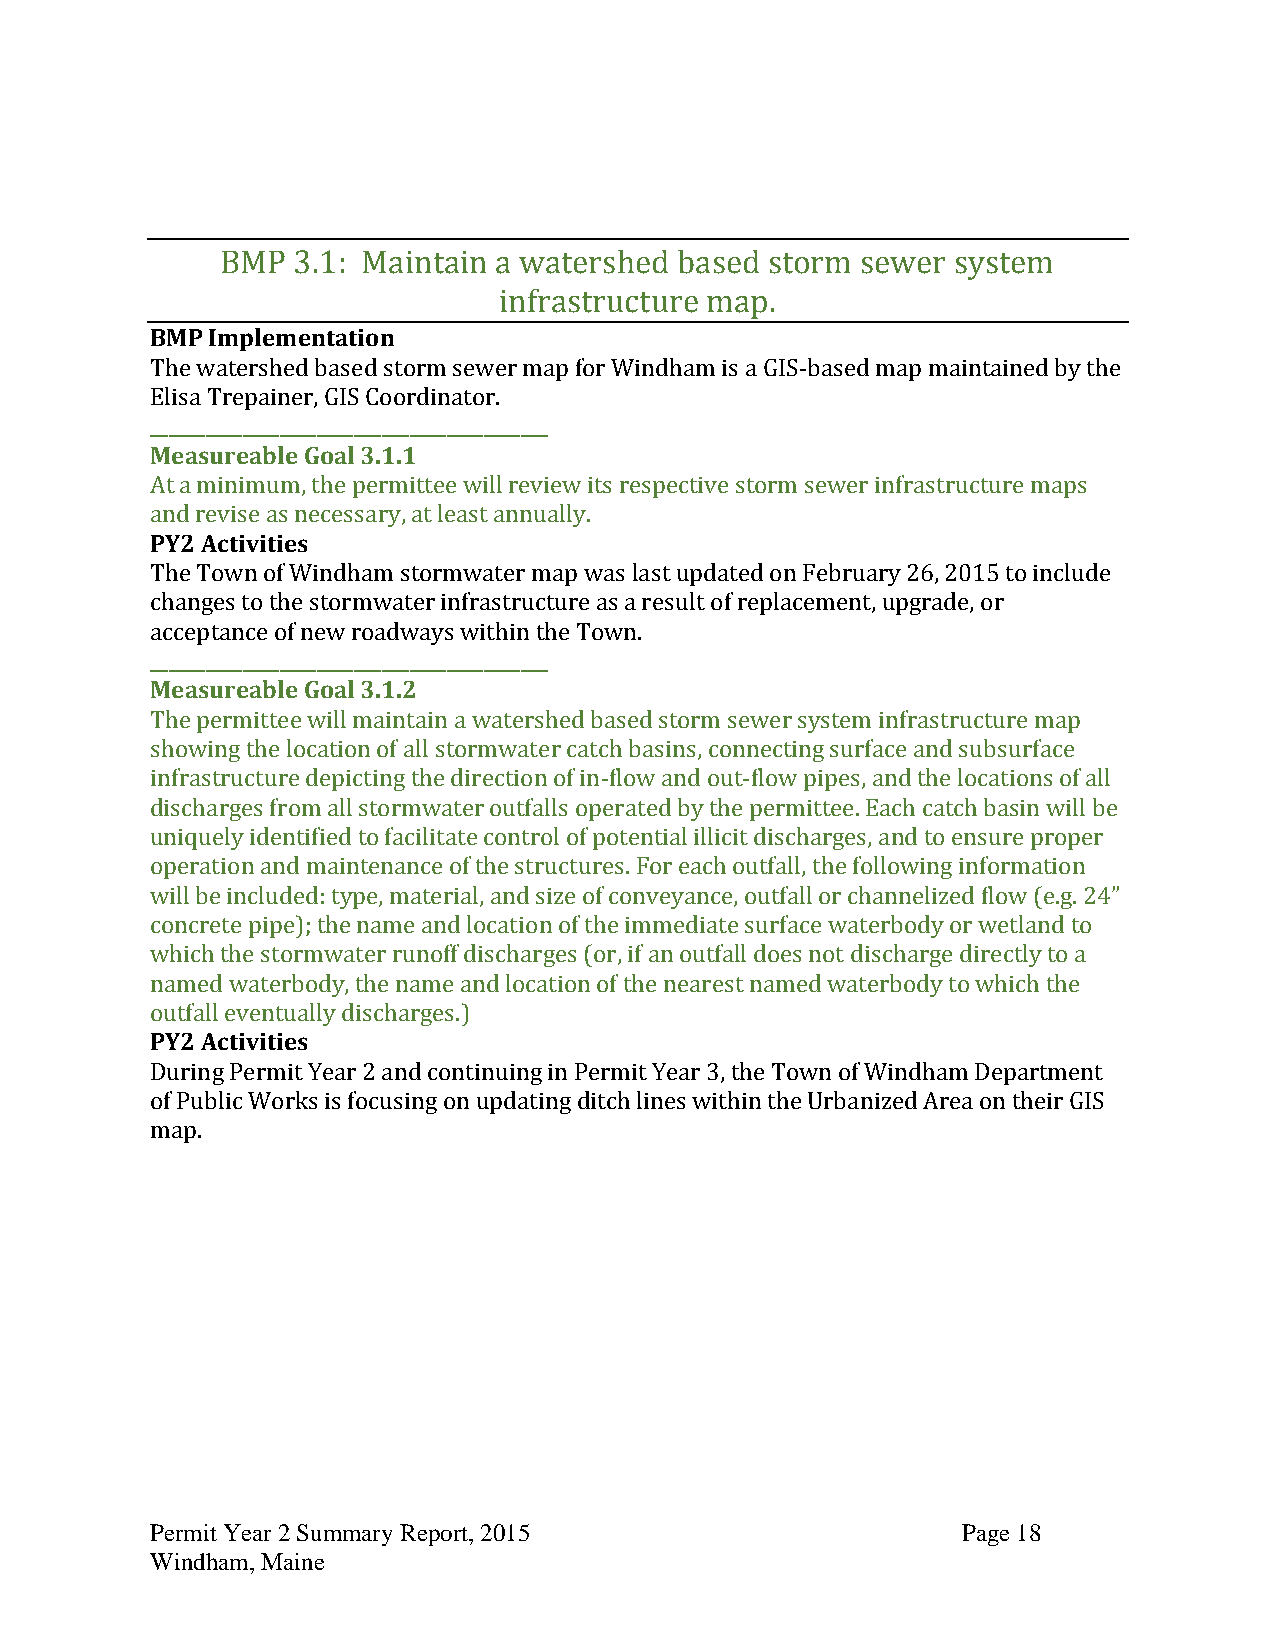
BMP 3.1: Maintain a watershed based storm sewer system
 infrastructure map.
 BMP Implementation
 The watershed based storm sewer map for Windham is a GIS-based map maintained by the
 Elisa Trepainer, GIS Coordinator.
 ___________________________________________
 Measureable Goal 3.1.1
 At a minimum, the permittee will review its respective storm sewer infrastructure maps
 and revise as necessary, at least annually.
 PY2 Activities
 The Town of Windham stormwater map was last updated on February 26, 2015 to include
 changes to the stormwater infrastructure as a result of replacement, upgrade, or
 acceptance of new roadways within the Town.
 ___________________________________________
 Measureable Goal 3.1.2
 The permittee will maintain a watershed based storm sewer system infrastructure map
 showing the location of all stormwater catch basins, connecting surface and subsurface
 infrastructure depicting the direction of in-flow and out-flow pipes, and the locations of all
 discharges from all stormwater outfalls operated by the permittee. Each catch basin will be
 uniquely identified to facilitate control of potential illicit discharges, and to ensure proper
 operation and maintenance of the structures. For each outfall, the following information
 will be included: type, material, and size of conveyance, outfall or channelized flow (e.g. 24”
 concrete pipe); the name and location of the immediate surface waterbody or wetland to
 which the stormwater runoff discharges (or, if an outfall does not discharge directly to a
 named waterbody, the name and location of the nearest named waterbody to which the
 outfall eventually discharges.)
 PY2 Activities
 During Permit Year 2 and continuing in Permit Year 3, the Town of Windham Department
 of Public Works is focusing on updating ditch lines within the Urbanized Area on their GIS
 map.
 Permit Year 2 Summary Report, 2015                    Page 18
 Windham, Maine